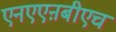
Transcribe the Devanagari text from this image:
एनएएऩबीएच